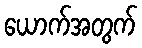
ယောက်အတွက်